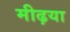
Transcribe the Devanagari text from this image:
मीढ़या